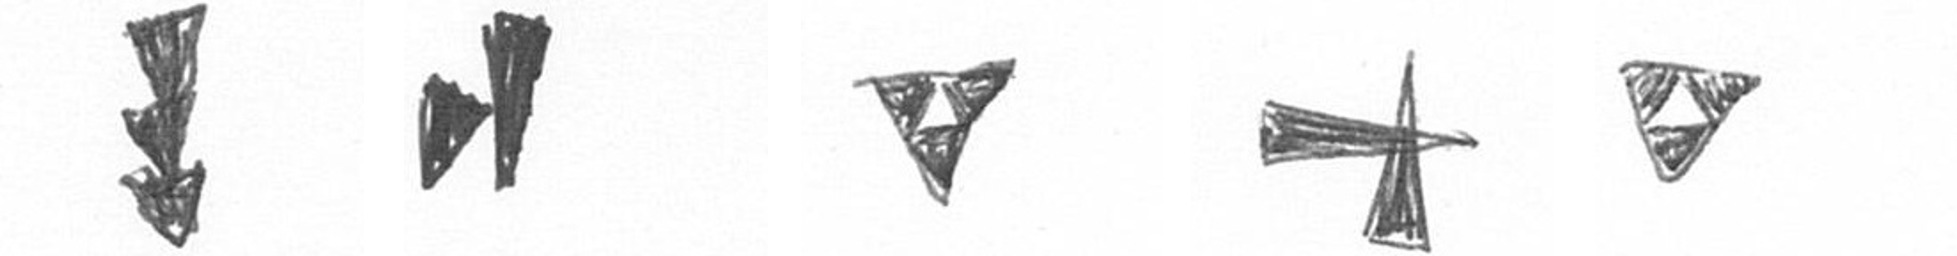
E M S G S